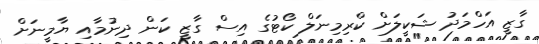
ގާޒީ އަހްމަދު ޝަކީލަށް ކްރިމިނަލް ކޯޓުގެ އިސް ގާޒީ ކަން ދިނުމާއި ޔާމީނަށް